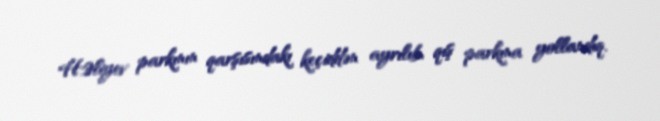
H.Əliyev parkının qarşısındakı keçiddən ayrılıb, qış parkına yollandıq.